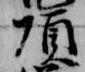
頂